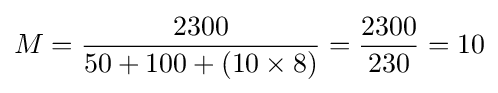
M={\frac {2300}{50+100+(10\times 8)}}={\frac {2300}{230}}=10